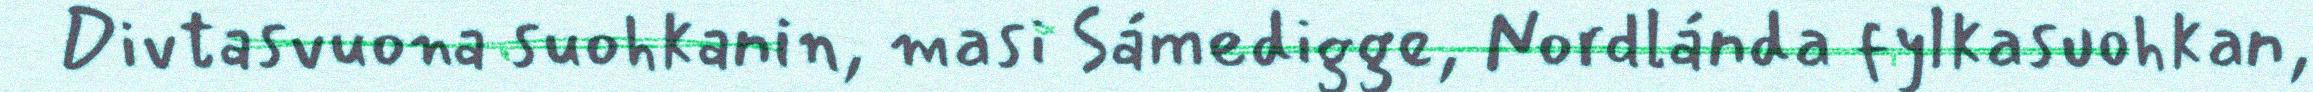
Divtasvuona suohkanin, masi Sámedigge, Nordlánda fylkasuohkan,